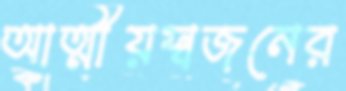
আত্মীয়স্বজনের